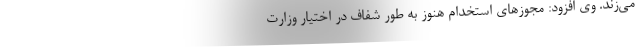
می‌زند. وی افزود: مجوزهای استخدام هنوز به طور شفاف در اختیار وزارت